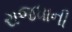
રાજધાની